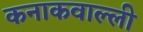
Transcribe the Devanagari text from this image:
कनाकवाल्ली